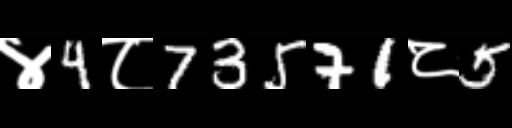
Text: ४4८73571८5